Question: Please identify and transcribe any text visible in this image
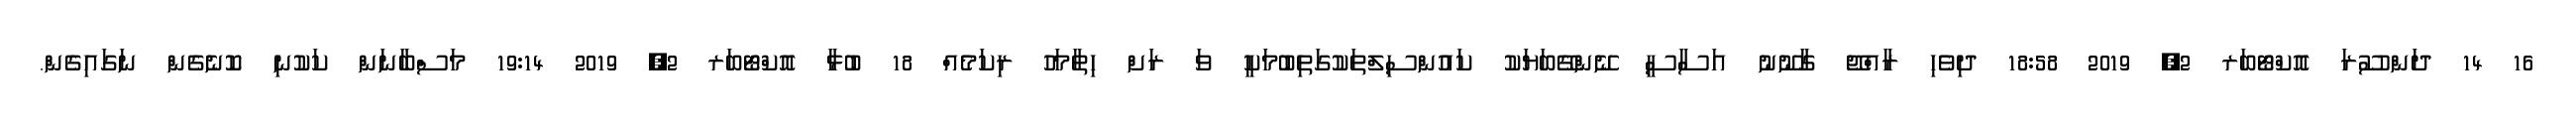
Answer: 16 14 ދަންސޫރަ އޮކްޓޯބަރ 2, 2019 18:58 ދިވެހި ރާއްޖޭ ގާނޫނު އަސާސީ ނޭންގޭބަޔަކު ކައުންސިލްތަކުގަތިބުމަކީ ވަ ރަށް ހިތާމަހު ރިކަމެއް 18 ބުޅާ އޮކްޓޯބަރ 2, 2019 19:14 މަސްބާނަން ކަކުނި ކޮނެގެން ނަގައިގެން.